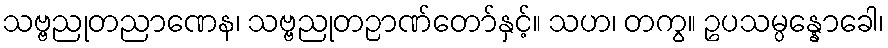
သဗ္ဗညုတညာဏေန၊ သဗ္ဗညုတဉာဏ်တော်နှင့်။ သဟ၊ တကွ။ ဥပသမ္ပန္နောခေါ၊